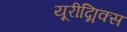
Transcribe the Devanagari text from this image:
यूरीद्मिक्स